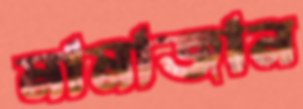
মামাজান